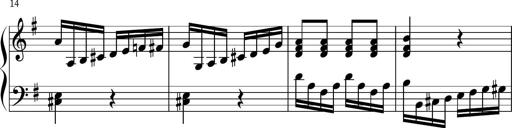
Title: Keyboard Sonatina in G
Composer: Michael Pogudin
Key: G major